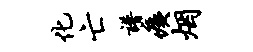
化亡谱痍烟